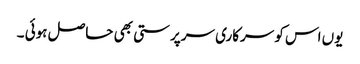
یوں اس کو سرکاری سرپرستی بھی حاصل ہوئی ۔